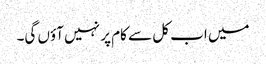
میں اب کل سے کام پر نہیں آؤں گی۔